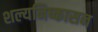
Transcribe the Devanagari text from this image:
शल्यनिष्कासन